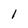
Character: 1